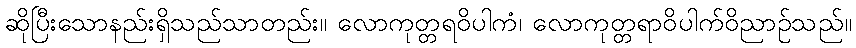
ဆိုပြီးသောနည်းရှိသည်သာတည်း။ လောကုတ္တရဝိပါကံ၊ လောကုတ္တရာဝိပါက်ဝိညာဉ်သည်။